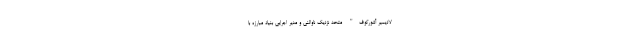
لادیمیر آشورکوف" متحد نزدیک ناوالنی و مدیر اجرایی بنیاد مبارزه با